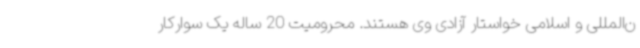
ن‌المللی و اسلامی خواستار آزادی وی هستند. محرومیت 20 ساله یک سوارکار